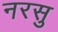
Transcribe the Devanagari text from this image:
नरसु